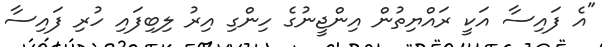
"އެ ފައިސާ އަކީ ރައްޔިތުން އިންޖީނުގެ ހިންގި އިރު ލިބިފައި ހުރި ފައިސާ